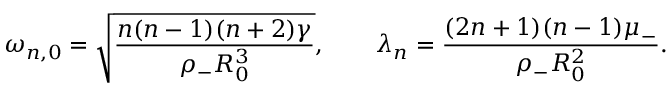
\omega _ { n , 0 } = \sqrt { \frac { n ( n - 1 ) ( n + 2 ) \gamma } { \rho _ { - } R _ { 0 } ^ { 3 } } } , \qquad \lambda _ { n } = \frac { ( 2 n + 1 ) ( n - 1 ) \mu _ { - } } { \rho _ { - } R _ { 0 } ^ { 2 } } .